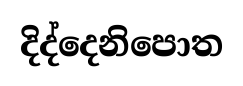
දිද්දෙනිපොත